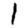
Digit: 1